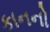
કાનનો